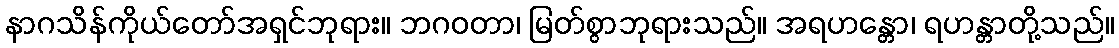
နာဂသိန်ကိုယ်တော်အရှင်ဘုရား။ ဘဂဝတာ၊ မြတ်စွာဘုရားသည်။ အရဟန္တော၊ ရဟန္တာတို့သည်။